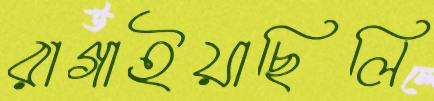
রাগাইয়াছিলি